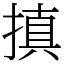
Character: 搷